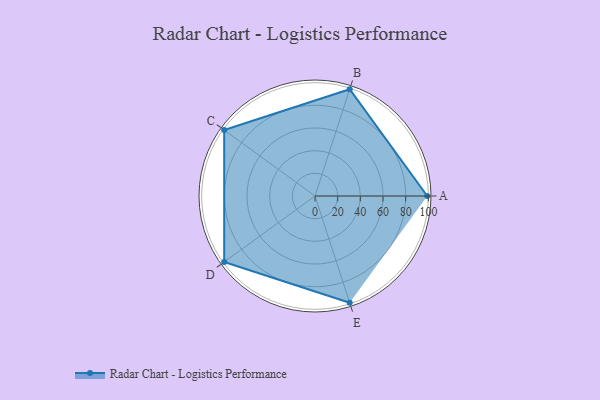
{"axis": {"x": "Skill", "y": "Score"}, "legend": ["Profile"], "data": [{"x": "A", "y": 99, "type": "Profile"}, {"x": "B", "y": 99, "type": "Profile"}, {"x": "C", "y": 99, "type": "Profile"}, {"x": "D", "y": 99, "type": "Profile"}, {"x": "E", "y": 99, "type": "Profile"}]}